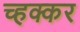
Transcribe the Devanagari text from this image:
च्हक्कर